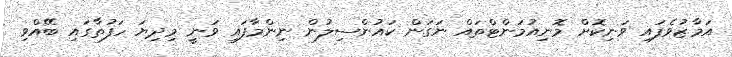
އަމާޒުވެފައި ވަނިކޮށް މޮނިއުމަންޓްތައް ނަގަން ކައުންސިލުން ނިންމާފައި ވަނީ މިދިޔަ ހަފުތާގައި ބޭއްވި